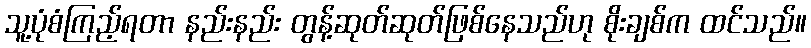
သူ့ပုံစံကြည့်ရတာ နည်းနည်း တွန့်ဆုတ်ဆုတ်ဖြစ်နေသည်ဟု စိုးချစ်က ထင်သည်။